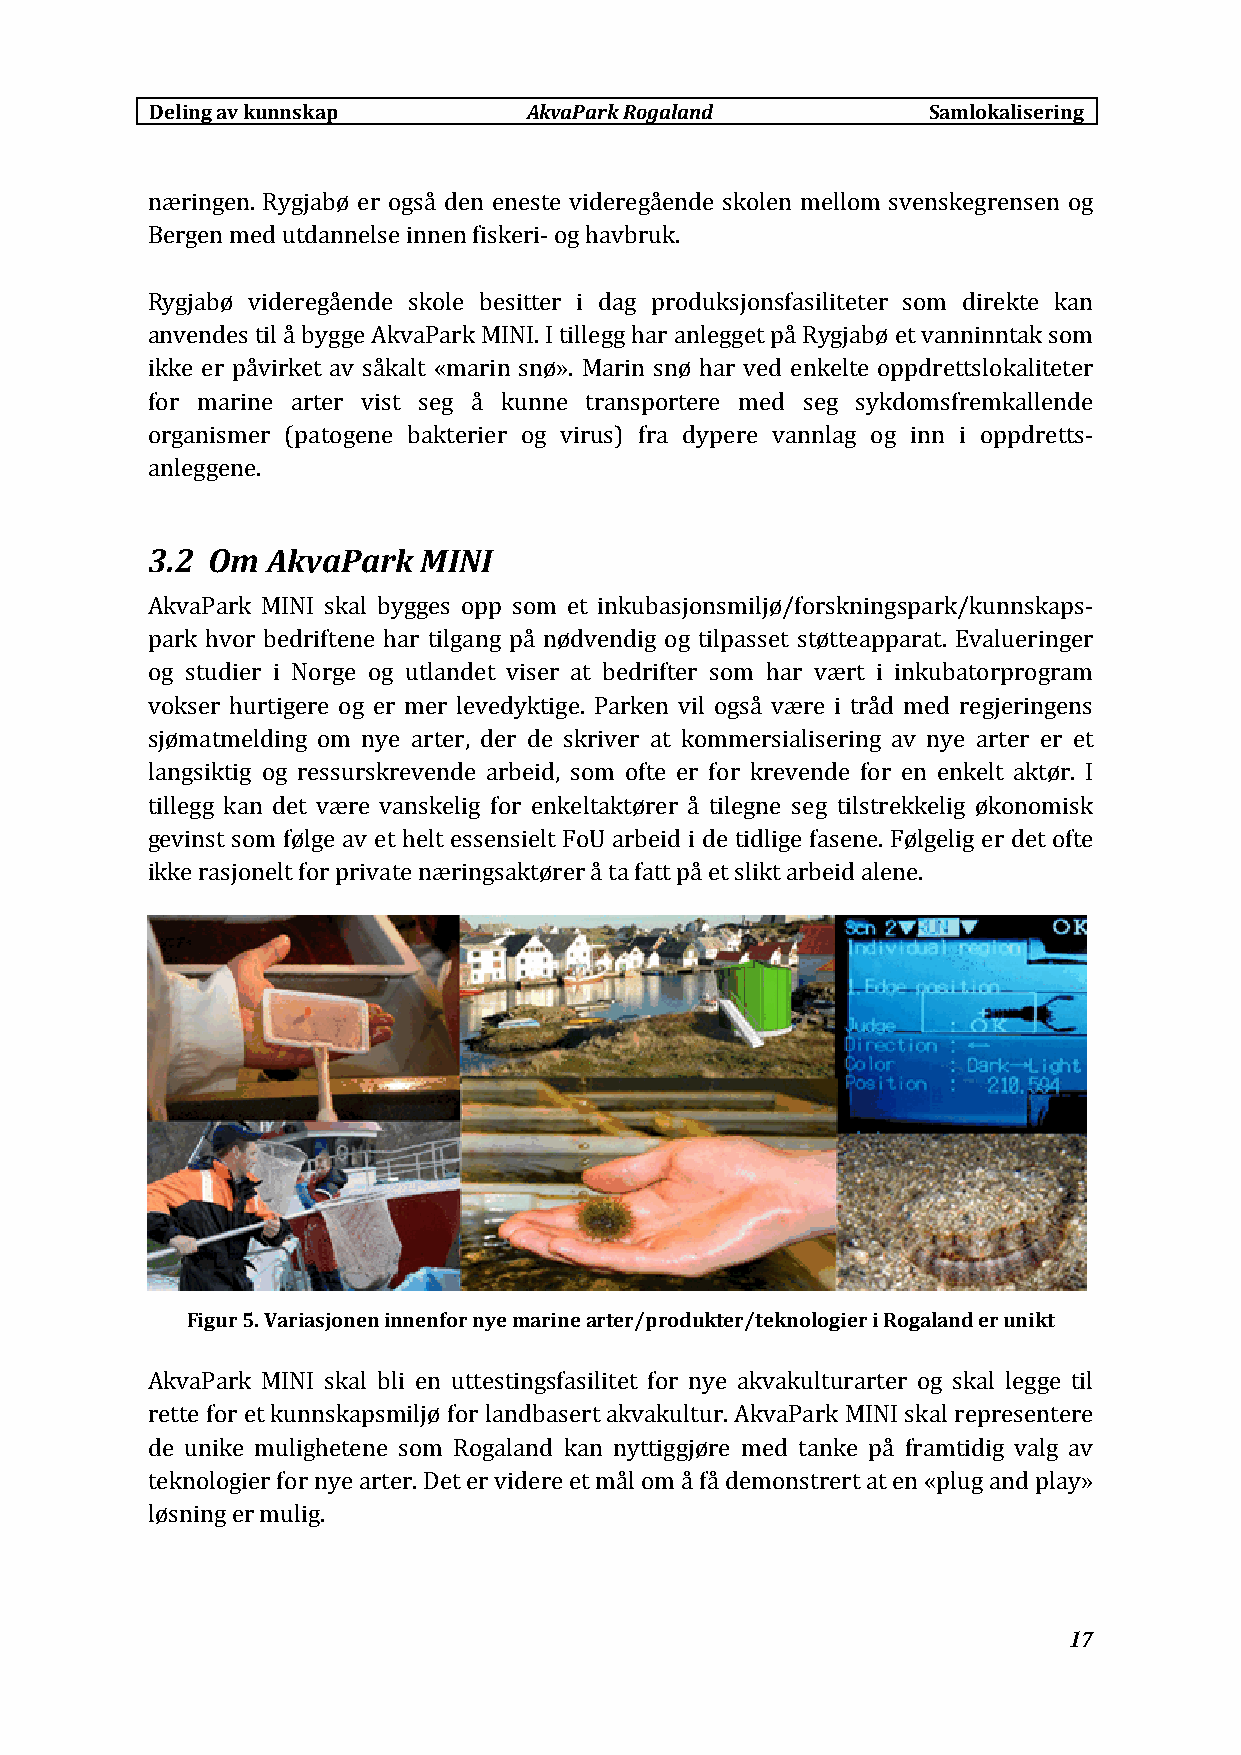
Deling av kunnskap       AkvaParkRogaland          Samlokalisering
 næringen. Rygjabø er også den eneste videregående skolen mellom svenskegrensen og
 Bergen med utdannelse innen fiskeri‐ og havbruk.
 Rygjabø videregående skole besitter i dag produksjonsfasiliteter som direkte kan
 anvendes til å bygge AkvaPark MINI. I tillegg har anlegget på Rygjabø et vanninntak som
 ikke er påvirket av såkalt «marin snø». Marin snø har ved enkelte oppdrettslokaliteter
 for marine arter vist seg å kunne transportere med seg sykdomsfremkallende
 organismer (patogene bakterier og virus) fra dypere vannlag og inn i oppdretts‐
 anleggene.
 3.2 Om  AkvaPark  MINI
 AkvaPark MINI skal bygges opp som et inkubasjonsmiljø/forskningspark/kunnskaps‐
 park hvor bedriftene har tilgang på nødvendig og tilpasset støtteapparat. Evalueringer
 og studier i Norge og utlandet viser at bedrifter som har vært i inkubatorprogram
 vokser hurtigere og er mer levedyktige. Parken vil også være i tråd med regjeringens
 sjømatmelding om nye arter, der de skriver at kommersialisering av nye arter er et
 langsiktig og ressurskrevende arbeid, som ofte er for krevende for en enkelt aktør. I
 tillegg kan det være vanskelig for enkeltaktører å tilegne seg tilstrekkelig økonomisk
 gevinst som følge av et helt essensielt FoU arbeid i de tidlige fasene. Følgelig er det ofte
 ikke rasjonelt for private næringsaktører å ta fatt på et slikt arbeid alene.
 Figur 5. Variasjonen innenfor nye marine arter/produkter/teknologier i Rogaland er unikt
 AkvaPark MINI skal bli en uttestingsfasilitet for nye akvakulturarter og skal legge til
 rette for et kunnskapsmiljø for landbasert akvakultur. AkvaPark MINI skal representere
 de unike mulighetene som Rogaland kan nyttiggjøre med tanke på framtidig valg av
 teknologier for nye arter. Det er videre et mål om å få demonstrert at en «plug and play»
 løsning er mulig.
 17